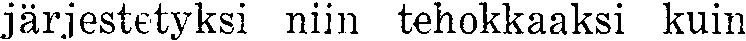
järjestetyksi niin tehokkaaksi kuin